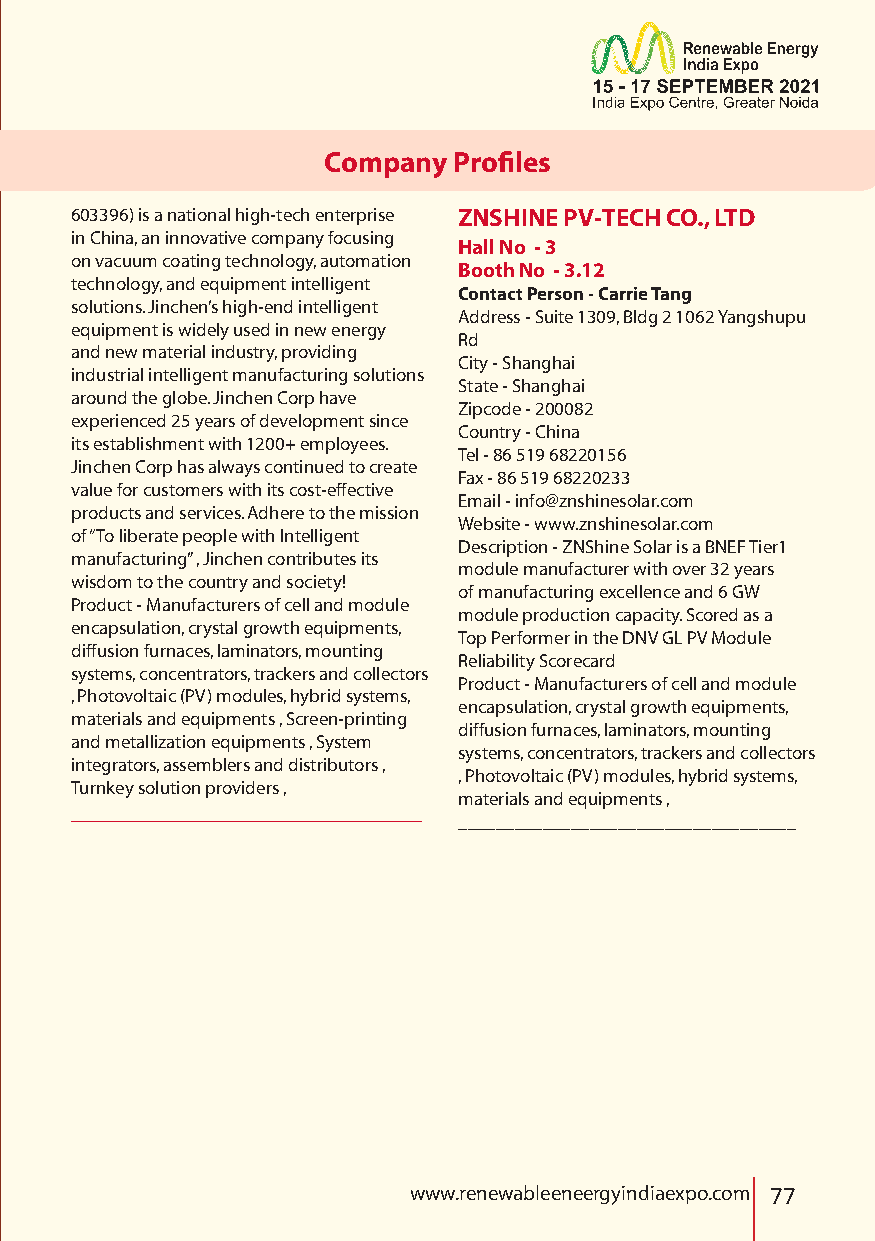
Company  Profiles
 603396) is a national high-tech enterprise ZNSHINE PV-TECH CO., LTD
 in China, an innovative company focusing
 Hall No - 3
 on vacuum coating technology, automation
 Booth No - 3.12
 technology, and equipment intelligent
 Contact Person - Carrie Tang
 solutions. Jinchen’s high-end intelligent
 Address - Suite 1309, Bldg 2 1062 Yangshupu
 equipment is widely used in new energy
 Rd
 and new material industry, providing
 City - Shanghai
 industrial intelligent manufacturing solutions
 State - Shanghai
 around the globe. Jinchen Corp have
 Zipcode - 200082
 experienced 25 years of development since
 Country - China
 its establishment with 1200+ employees.
 Tel - 86 519 68220156
 Jinchen Corp has always continued to create
 Fax - 86 519 68220233
 value for customers with its cost-effective
 Email - info@znshinesolar.com
 products and services. Adhere to the mission
 Website - www.znshinesolar.com
 of “To liberate people with Intelligent
 Description - ZNShine Solar is a BNEF Tier1
 manufacturing” , Jinchen contributes its
 module manufacturer with over 32 years
 wisdom to the country and society!
 of manufacturing excellence and 6 GW
 Product - Manufacturers of cell and module
 module production capacity. Scored as a
 encapsulation, crystal growth equipments,
 Top Performer in the DNV GL PV Module
 diffusion furnaces, laminators, mounting
 Reliability Scorecard
 systems, concentrators, trackers and collectors
 Product - Manufacturers of cell and module
 , Photovoltaic (PV) modules, hybrid systems,
 encapsulation, crystal growth equipments,
 materials and equipments , Screen-printing
 diffusion furnaces, laminators, mounting
 and metallization equipments , System
 systems, concentrators, trackers and collectors
 integrators, assemblers and distributors ,
 , Photovoltaic (PV) modules, hybrid systems,
 Turnkey solution providers ,
 materials and equipments ,
 ____________________________
 ____________________________________
 www.renewableeneergyindiaexpo.com 77